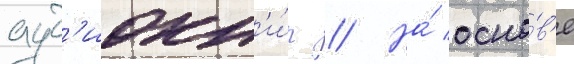
ауд'иокн'и́г // На́ осно́в'е